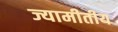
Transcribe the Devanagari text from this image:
ज्यामीतीय